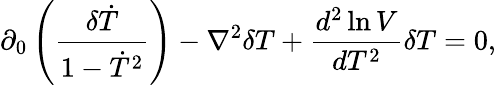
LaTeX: \partial_{0}\left(\frac{\delta\dot{T}}{1-\dot{T}^{2}}\right)-\nabla^{2}\delta T+\frac{d^{2}\ln V}{dT^{2}}\delta T=0,